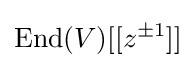
\mathrm {End} (V)[[z^{\pm 1}]]